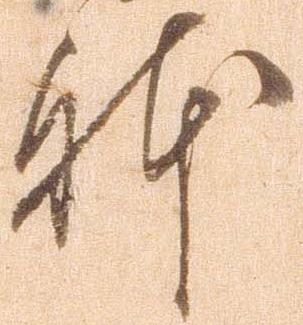
体